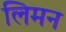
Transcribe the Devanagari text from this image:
लिमन